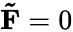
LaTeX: \mathbf{\tilde{F}}=0